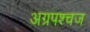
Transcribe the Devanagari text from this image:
अग्रपश्चज